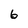
Character: 6